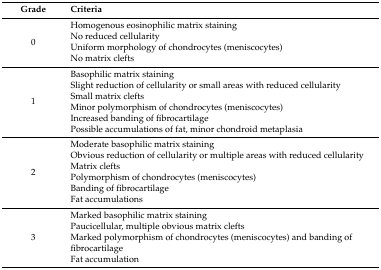
<table><thead><tr><td><b>Grade</b></td><td><b>Criteria</b></td></tr></thead><tbody><tr><td>0</td><td>Homogenous eosinophilic matrix stainingNo reduced cellularityUniform morphology of chondrocytes (meniscocytes)No matrix clefts</td></tr><tr><td>1</td><td>Basophilic matrix stainingSlight reduction of cellularity or small areas with reduced cellularitySmall matrix cleftsMinor polymorphism of chondrocytes (meniscocytes)Increased banding of fibrocartilagePossible accumulations of fat, minor chondroid metaplasia</td></tr><tr><td>2</td><td>Moderate basophilic matrix stainingObvious reduction of cellularity or multiple areas with reduced cellularityMatrix cleftsPolymorphism of chondrocytes (meniscocytes)Banding of fibrocartilageFat accumulations</td></tr><tr><td>3</td><td>Marked basophilic matrix stainingPaucicellular, multiple obvious matrix cleftsMarked polymorphism of chondrocytes (meniscocytes) and banding of fibrocartilageFat accumulation</td></tr></tbody></table>